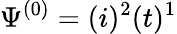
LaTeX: \Psi^{(0)}={(i)^{2}(t)^{1}}